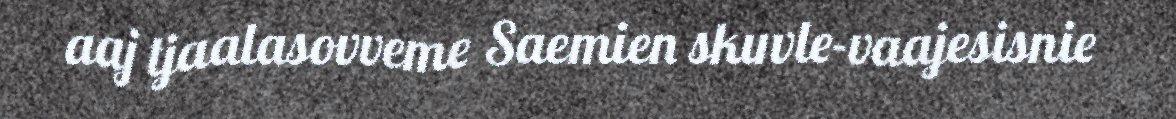
aaj tjaalasovveme Saemien skuvle-vaajesisnie